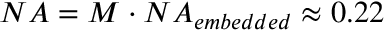
N A = M \cdot N A _ { e m b e d d e d } \approx 0 . 2 2